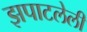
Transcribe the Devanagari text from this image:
झपाटलेली